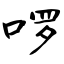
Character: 啰